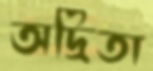
অদ্রিতা